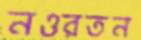
নওরতন